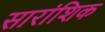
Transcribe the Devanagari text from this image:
सारांशिक